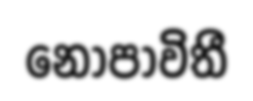
නොපාවිතී